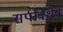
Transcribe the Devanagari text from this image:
सर्पविशेष